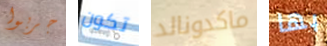
جربوا تكون ماكدونالد بها